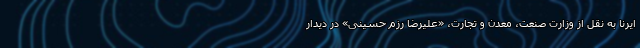
ایرنا به نقل از وزارت صنعت، معدن و تجارت، «علیرضا رزم حسینی» در دیدار